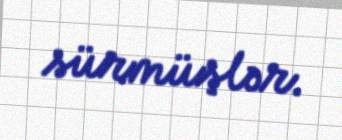
sürmüşlər.